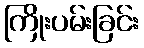
ကြိုးပမ်းခြင်း